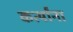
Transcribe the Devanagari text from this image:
कर्त्यांना